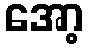
အော့